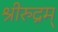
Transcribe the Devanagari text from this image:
श्रीरुद्रम्